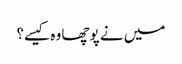
میں نے پوچھا وہ کیسے؟